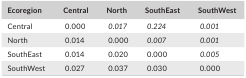
<table><thead><tr><td><b>Ecoregion</b></td><td><b>Central</b></td><td><b>North</b></td><td><b>SouthEast</b></td><td><b>SouthWest</b></td></tr></thead><tbody><tr><td>Central</td><td>0.000</td><td><i>0.017</i></td><td><i>0.224</i></td><td><i>0.001</i></td></tr><tr><td>North</td><td>0.014</td><td>0.000</td><td><i>0.007</i></td><td><i>0.001</i></td></tr><tr><td>SouthEast</td><td>0.014</td><td>0.020</td><td>0.000</td><td><i>0.005</i></td></tr><tr><td>SouthWest</td><td>0.027</td><td>0.037</td><td>0.030</td><td>0.000</td></tr></tbody></table>